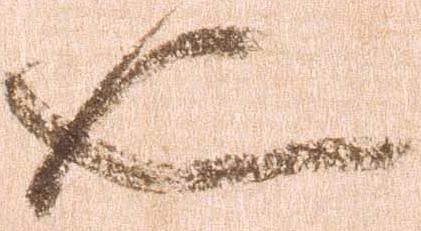
也